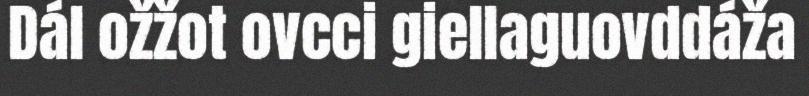
Dál ožžot ovcci giellaguovddáža